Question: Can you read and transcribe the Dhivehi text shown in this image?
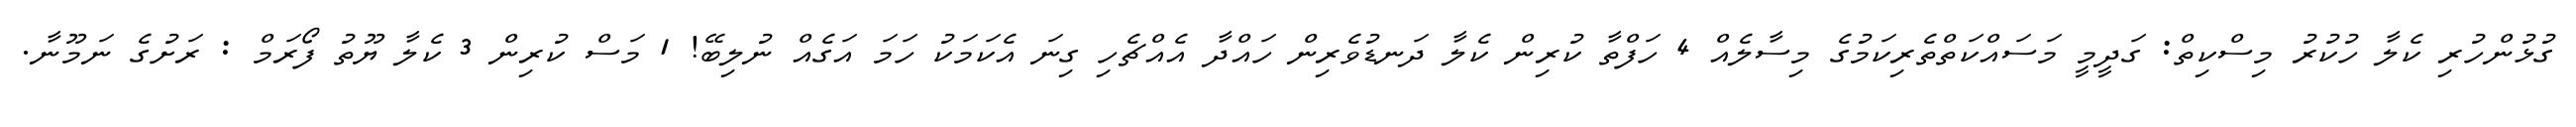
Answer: ގުޅުންހުރި ކެލާ ހުކުރު މިސްކިތް: ގަދީމީ މަސައްކަތްތެރިކަމުގެ މިސާލެއް 4 ހަފްތާ ކުރިން ކެލާ ދަނޑުވެރިން ހައްދާ އެއްޗެހި ގިނަ އެކަމަކު ހަމަ އަގެއް ނުލިބޭ! 1 މަސް ކުރިން 3 ކެލާ ޔޫތު ފޯރަމް : ރަށުގެ ނަމޫނާ.